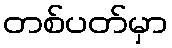
တစ်ပတ်မှာ